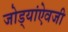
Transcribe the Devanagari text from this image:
जोड्यांऐवजी